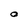
Character: O